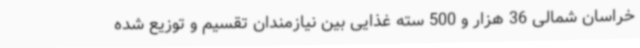
خراسان شمالی 36 هزار و 500 سته غذایی بین نیازمندان تقسیم و توزیع شده